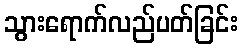
သွားရောက်လည်ပတ်ခြင်း